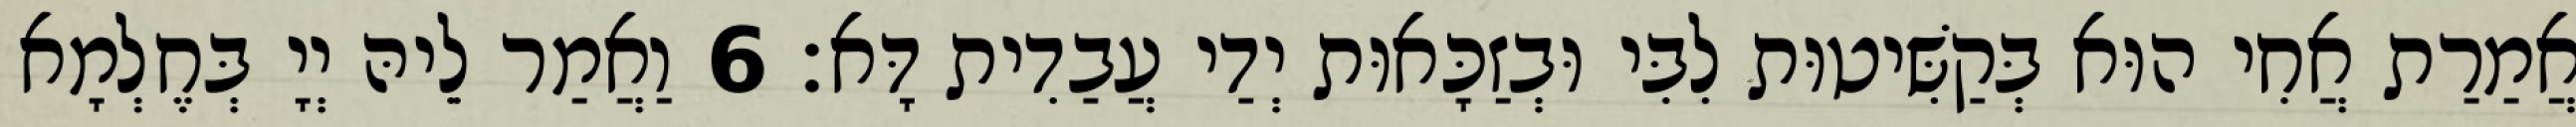
אֲמַרַת אֲחִי הוּא בְּקַשִּׁיטוּת לִבִּי וּבְזַכָּאוּת יְדַי עֲבַדִית דָּא׃ 6 וַאֲמַר לֵיהּ יְיָ בְּחֶלְמָא